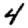
Digit: 4